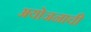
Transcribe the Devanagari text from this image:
अयोजनाची